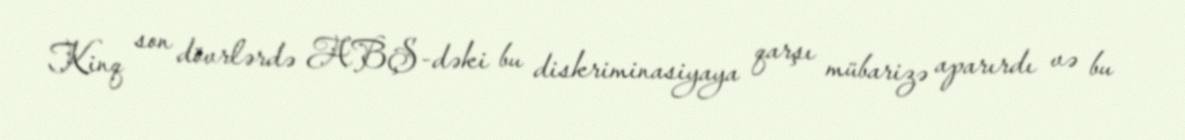
Kinq son dövrlərdə ABŞ-dəki bu diskriminasiyaya qarşı mübarizə aparırdı və bu